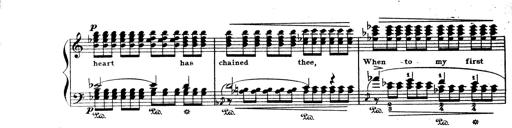
Title: Wagner-Liszt Album
Composer: Franz Liszt